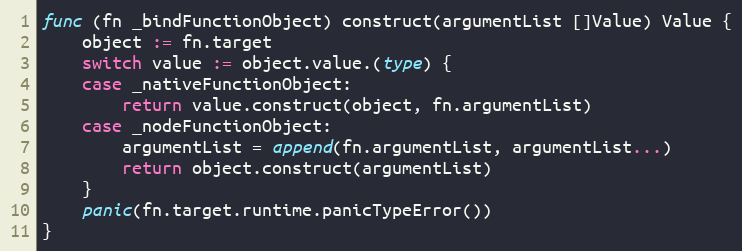
Language: Go
func (fn _bindFunctionObject) construct(argumentList []Value) Value {
	object := fn.target
	switch value := object.value.(type) {
	case _nativeFunctionObject:
		return value.construct(object, fn.argumentList)
	case _nodeFunctionObject:
		argumentList = append(fn.argumentList, argumentList...)
		return object.construct(argumentList)
	}
	panic(fn.target.runtime.panicTypeError())
}